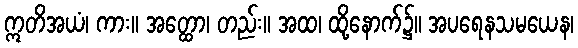
ဣတိအယံ၊ ကား။ အတ္ထော၊ တည်း။ အထ၊ ထို့နောက်၌။ အပရေနသမယေန၊